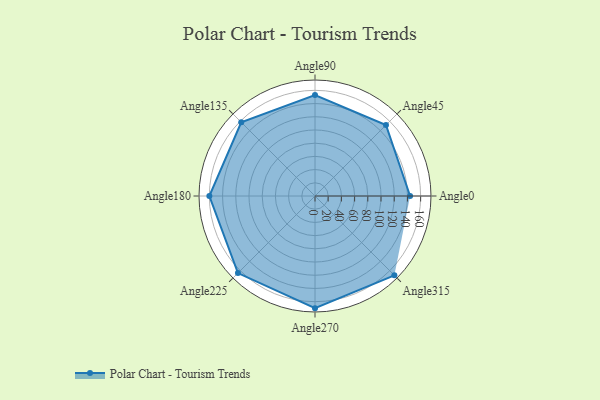
{"axis": {"x": "Angle", "y": "Radius"}, "legend": [""], "data": [{"x": "Angle0", "y": 144.0, "type": ""}, {"x": "Angle45", "y": 152.0, "type": ""}, {"x": "Angle90", "y": 153.0, "type": ""}, {"x": "Angle135", "y": 158.0, "type": ""}, {"x": "Angle180", "y": 160.0, "type": ""}, {"x": "Angle225", "y": 165.0, "type": ""}, {"x": "Angle270", "y": 170, "type": ""}, {"x": "Angle315", "y": 170, "type": ""}]}